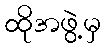
ထိုအဖွဲ့မှ